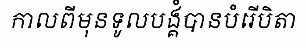
កាលពីមុនទូលបង្គំបានបំរើបិតា